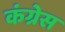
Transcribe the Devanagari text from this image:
कंग्रेस